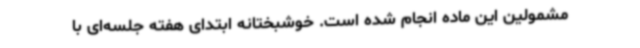
مشمولین این ماده انجام شده است. خوشبختانه ابتدای هفته جلسه‌ای با